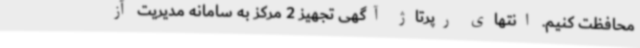
محافظت کنیم. انتهای رپرتاژ آگهی تجهیز 2 مرکز به سامانه‌ مدیریت آز